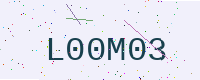
Text: L00M03